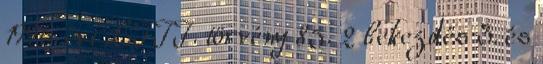
1996. évi LIII. törvény 85. 2 bekezdés 3. és